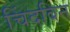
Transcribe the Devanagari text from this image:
चिंदबिन